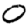
Digit: 0